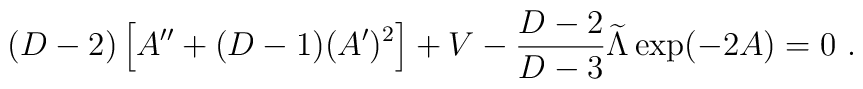
(D-2)\left[A^{\prime\prime}+(D-1)(A^\prime)^2\right]+V- {{D-2}\over{D-3}}{\widetilde\Lambda}\exp(-2A)=0~.